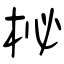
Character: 柲